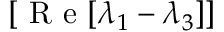
[ \textrm { R e } [ \lambda _ { 1 } - \lambda _ { 3 } ] ]